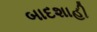
બાદશાહી